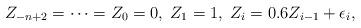
LaTeX: \begin{align*}Z_{-n+2}=\cdots=Z_{0}=0,\;Z_{1}=1,\;Z_{i}=0.6Z_{i-1}+\epsilon_{i},\end{align*}